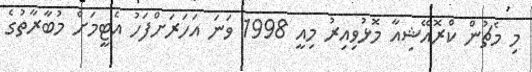
މި މެޗުން ކްރޮއޭޝިއާ މޮޅުވިއިރު މިއީ 1998 ވަނަ އަހަރަށްފަހު އެޓީމަށް މުބާރާތުގެ